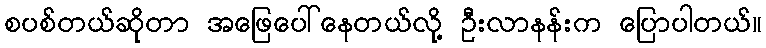
စပစ်တယ်ဆိုတာ အဖြေပေါ်နေတယ်လို့ ဦးလာနန်းက ပြောပါတယ်။